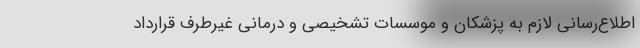
اطلاع‌رسانی لازم به پزشکان و موسسات تشخیصی و درمانی غیرطرف قرارداد